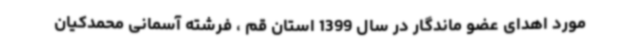
مورد اهدای عضو ماندگار در سال 1399 استان قم ، فرشته آسمانی محمدکیان